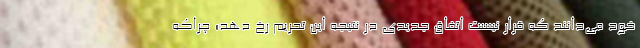
خود می‌دانند که قرار نیست اتفاق جدیدی در نتیجه این تحریم رخ دهد؛ چراکه